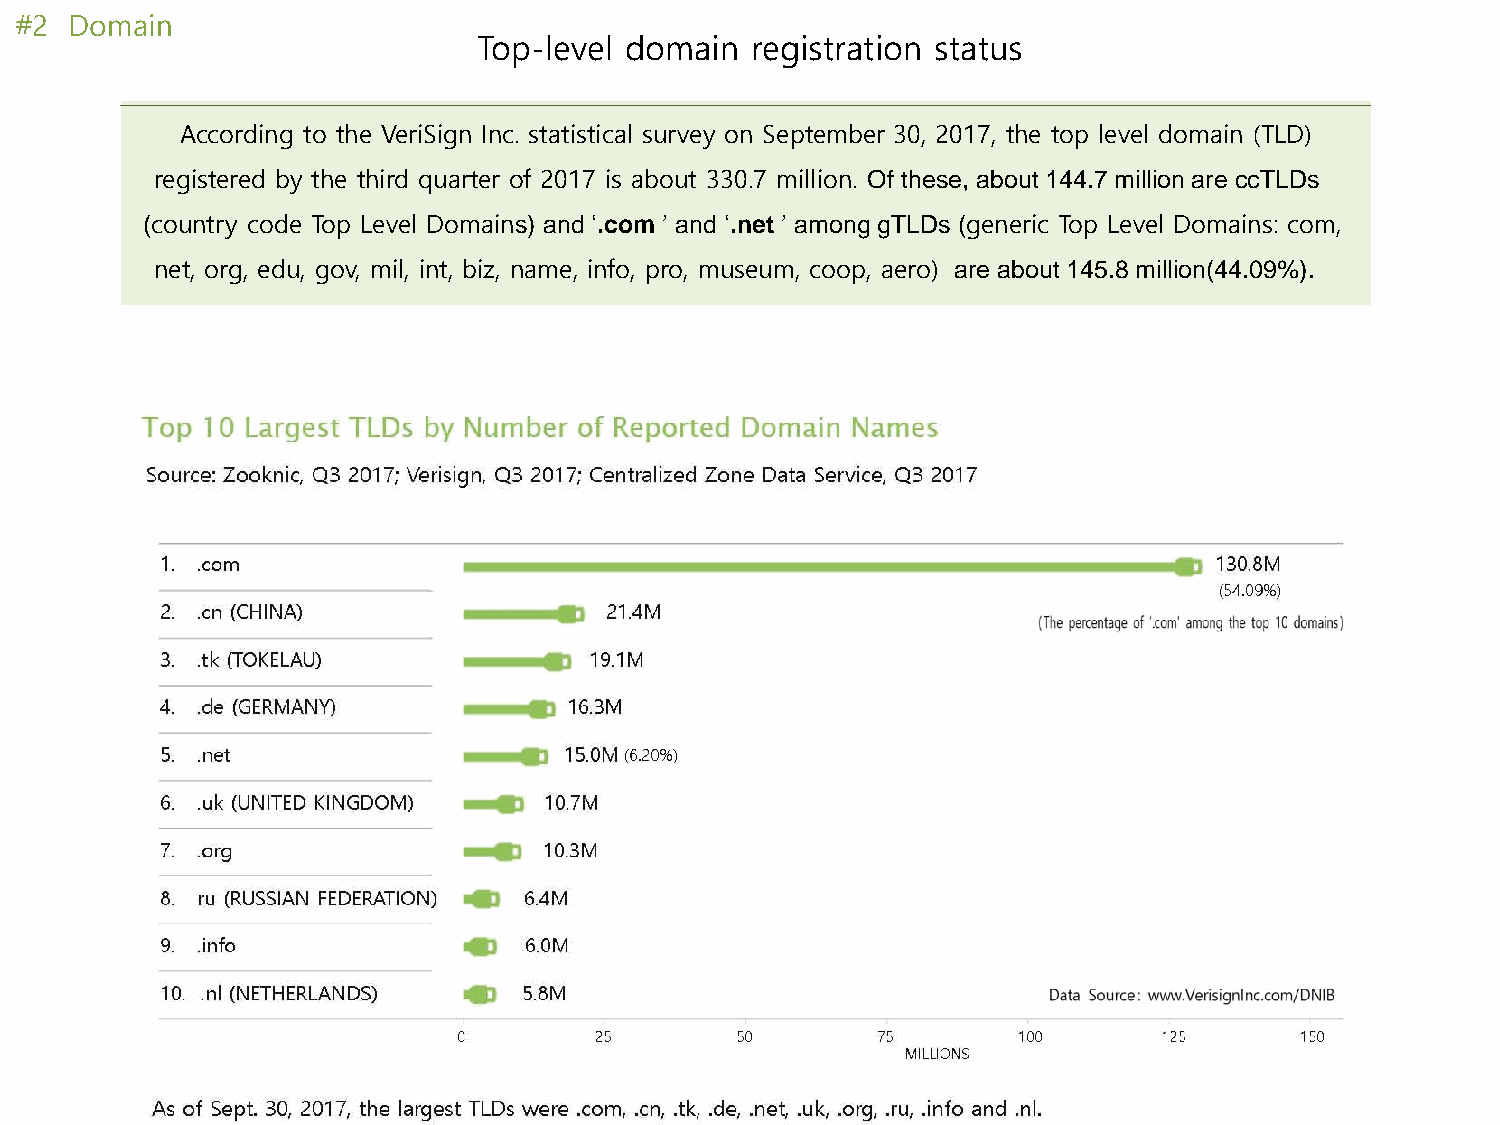
#2  Domain
 Top-level domain  registration status
 According to the VeriSign Inc. statistical survey on September 30, 2017, the top level domain (TLD)
 registered by the third quarter of 2017 is about 330.7 million. Of these, about 144.7 million are ccTLDs
 (country code Top Level Domains) and ‘.com ’ and ‘.net ’ among gTLDs (generic Top Level Domains: com,
 net, org, edu, gov, mil, int, biz, name, info, pro, museum, coop, aero) are about 145.8 million(44.09%).